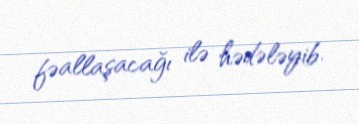
fəallaşacağı ilə hədələyib.